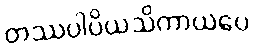
တဿပါပိယသိကာယပေ